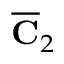
\overline { { \mathbf { C } } } _ { 2 }